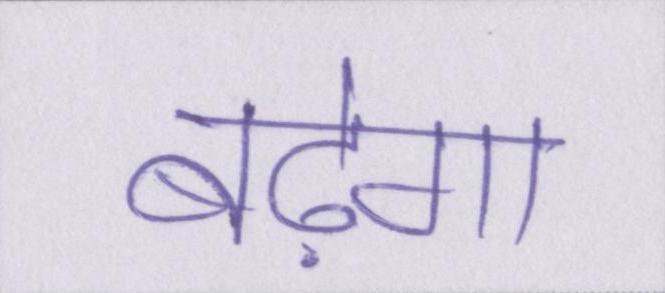
बढ़ेगा